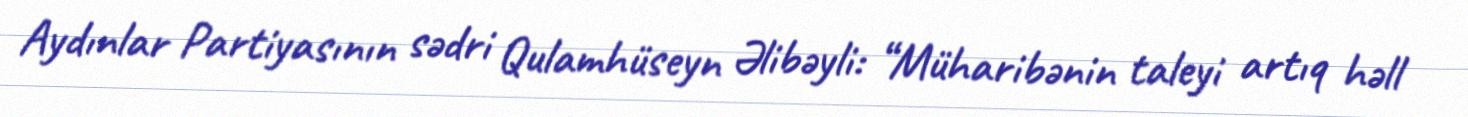
Aydınlar Partiyasının sədri Qulamhüseyn Əlibəyli: “Müharibənin taleyi artıq həll